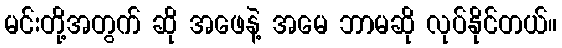
မင်းတို့အတွက် ဆို အဖေနဲ့ အမေ ဘာမဆို လုပ်နိုင်တယ်။